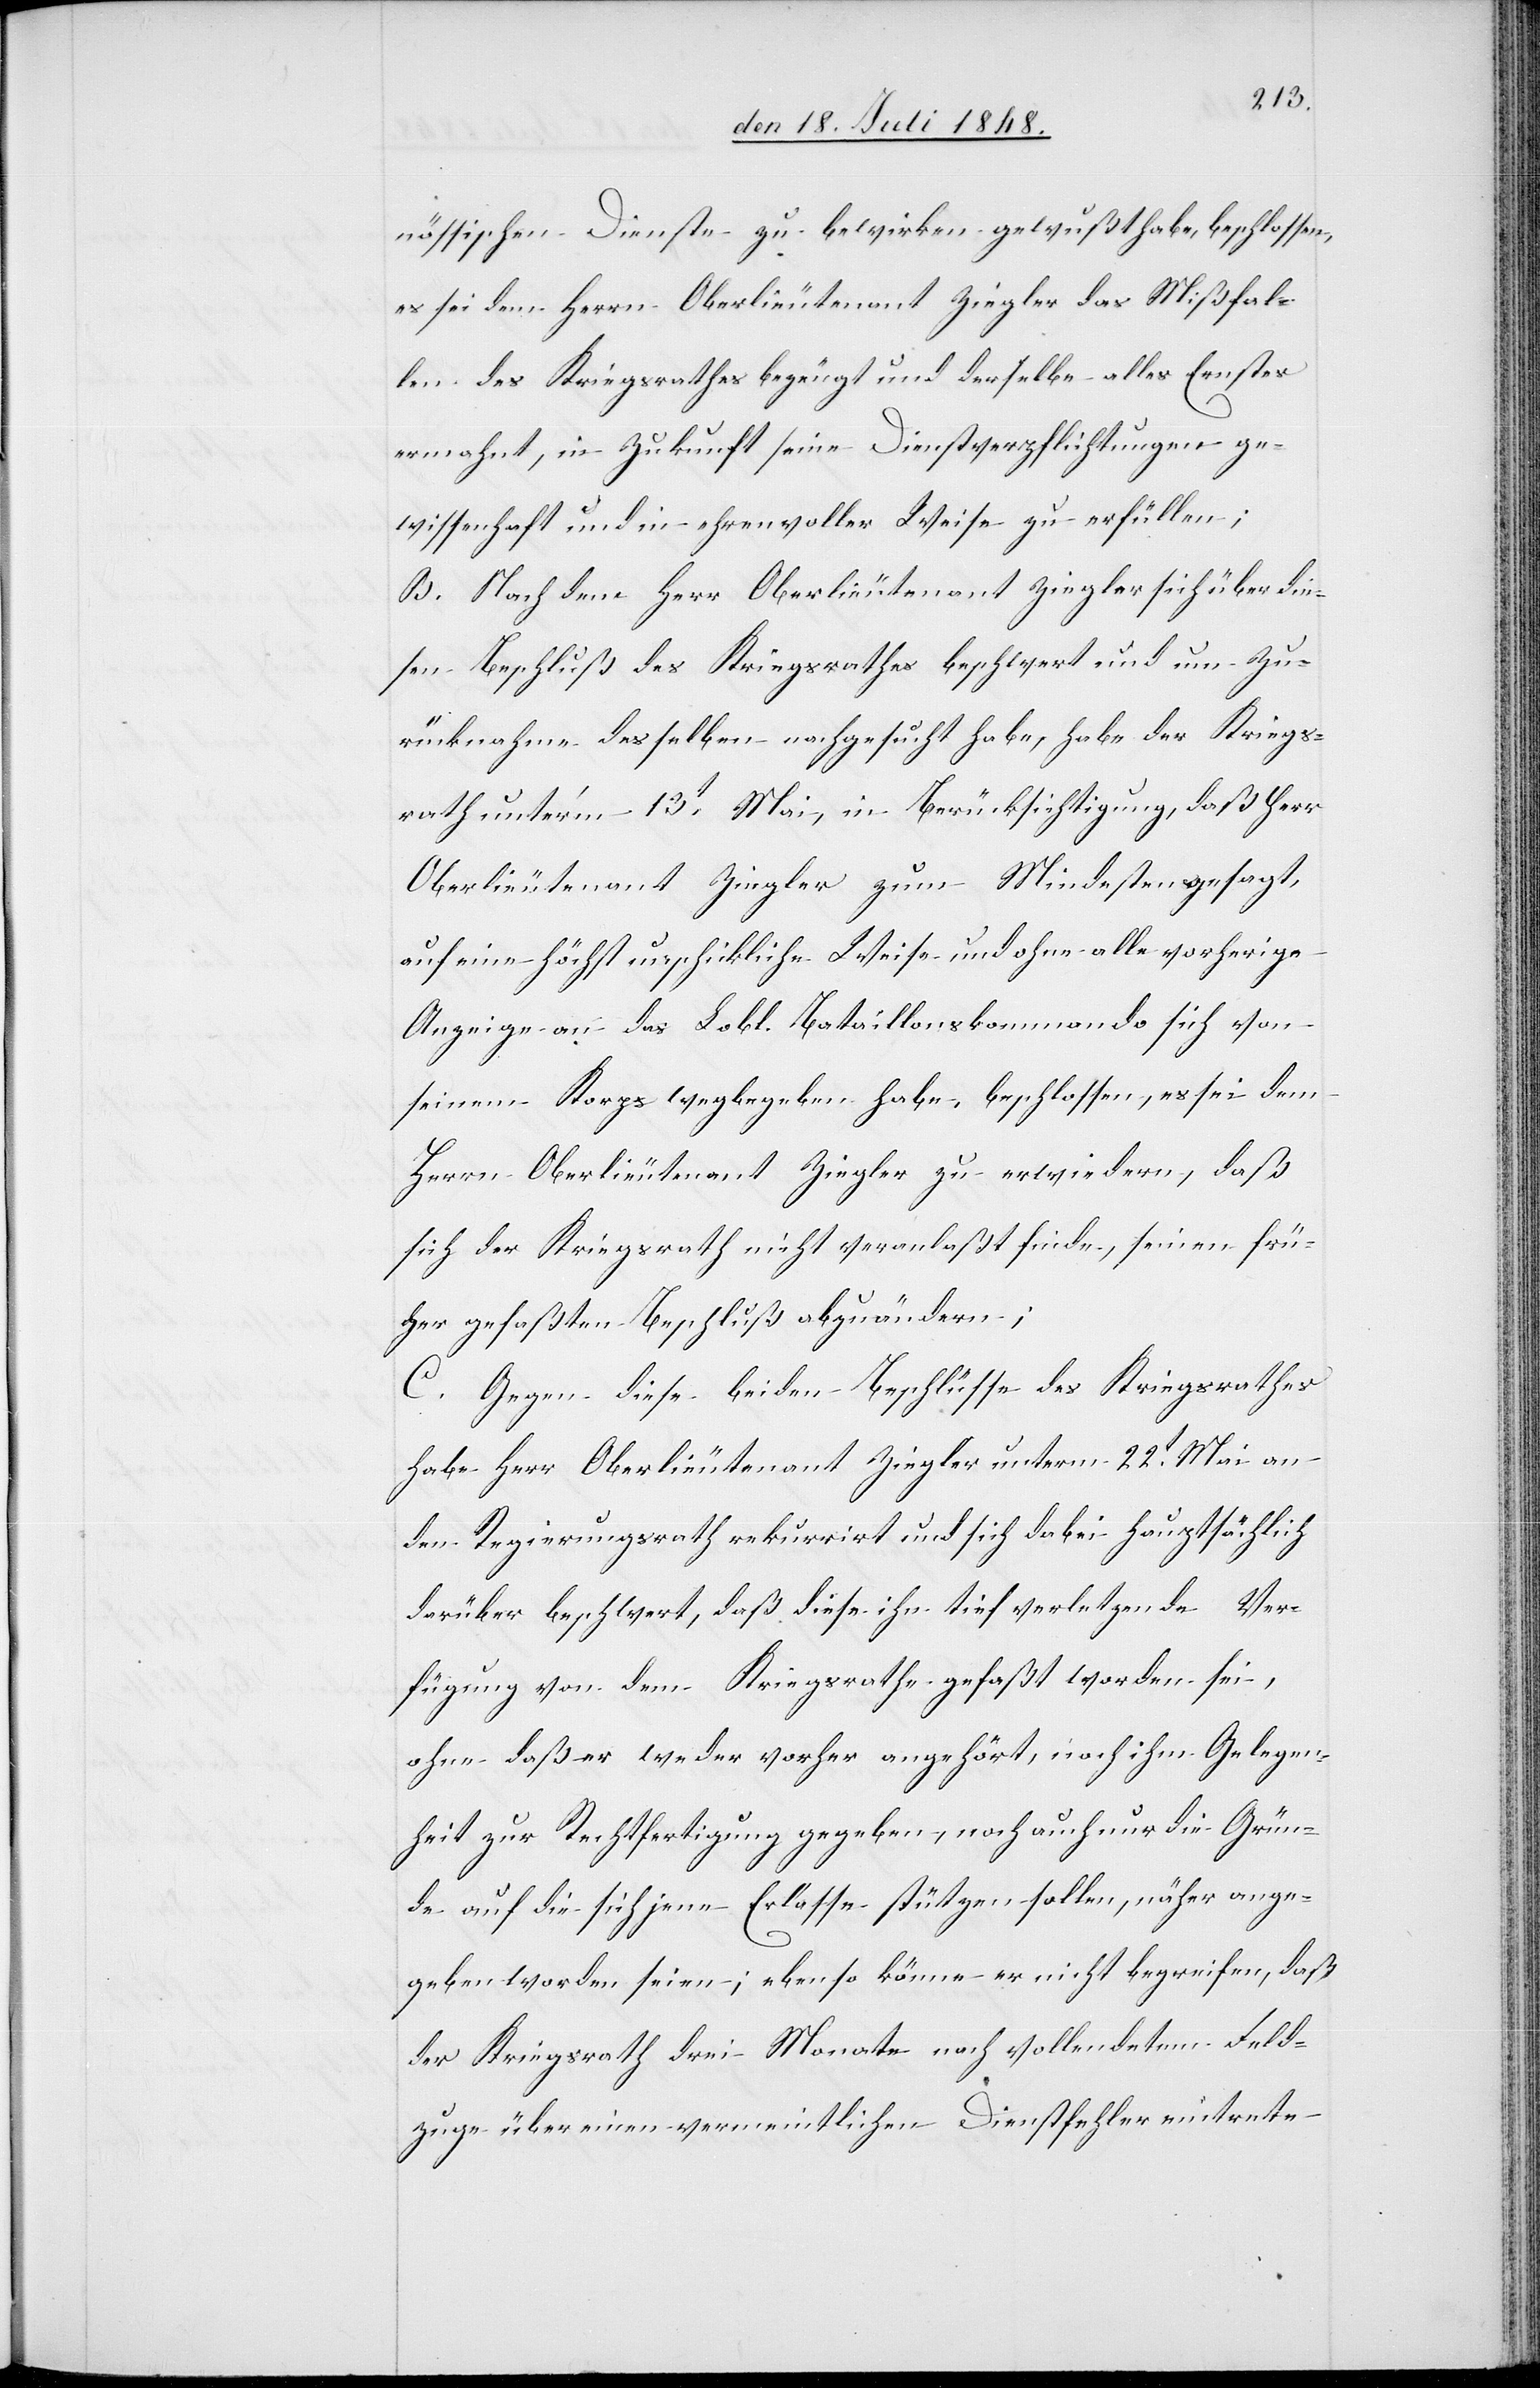
nössischen Dienste zu bewirken gewußt habe, beschlossen,
es sei dem Herrn Oberlieutenant Ziegler das Mißfal¬
len des Kriegsrathes bezeugt und derselbe alles Ernstes
ermahnt, in Zukunft seine Dienstverpflichtungen ge¬
wissenhaft und in ehrenvoller Weise zu erfüllen;
b. Nach dem Herr Oberlieutenant Ziegler sich über die¬
sen Beschluß des Kriegsrathes beschwert und um Zu¬
rücknahme desselben nachgesucht habe, habe der Kriegs¬
rath unter’m 13t Mai, in Berücksichtigung, daß Herr
Oberlieutenant Ziegler zum Mindesten gesagt,
auf eine höchst unschickliche Weise und ohne alle vorherige
Anzeige an das Lobl. Bataillonskommando sich von
seinem Korps wegbegeben habe, beschlossen, es sei dem
Herrn Oberlieutenant Ziegler zu erwiedern, daß
sich der Kriegsrath nicht veranlaßt finde, seinen frü¬
her gefaßten Beschluß abzuändern;
C. Gegen diese beiden Beschlüsse des Kriegsrathes
habe Herr Oberlieutenant Ziegler unterm 22t Mai an
den Regierungsrath rekurrirt und sich dabei hauptsächlich
darüber beschwert, daß diese ihn tief verletzende Ver¬
fügung von dem Kriegsrathe gefaßt worden sei,
ohne daß er weder vorher angehört, noch ihm Gelegen¬
heit zur Rechtfertigung gegeben, noch auch nur die Grün¬
de auf die sich jene Erlasse stützen sollen, näher ange¬
geben worden seien; ebenso könne er nicht begreifen, daß
der Kriegsrath drei Monate nach vollendetem Feld¬
zuge über einen vermeintlichen Dienstfehler eintrete[n]-